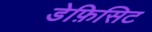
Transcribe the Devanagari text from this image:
डेफ़िसिट